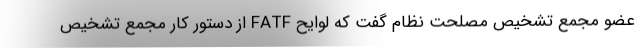
عضو مجمع تشخیص مصلحت نظام گفت که لوایح FATF از دستور کار مجمع تشخیص